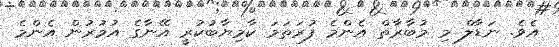
އެވެ. ނަޑާލް މި މުބާރާތް އެންމެ ފުރަތަމަ ކާމިޔާބުކުރީ އޭނާގެ އުމުރުން އެންމެ